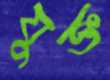
যুক্ত